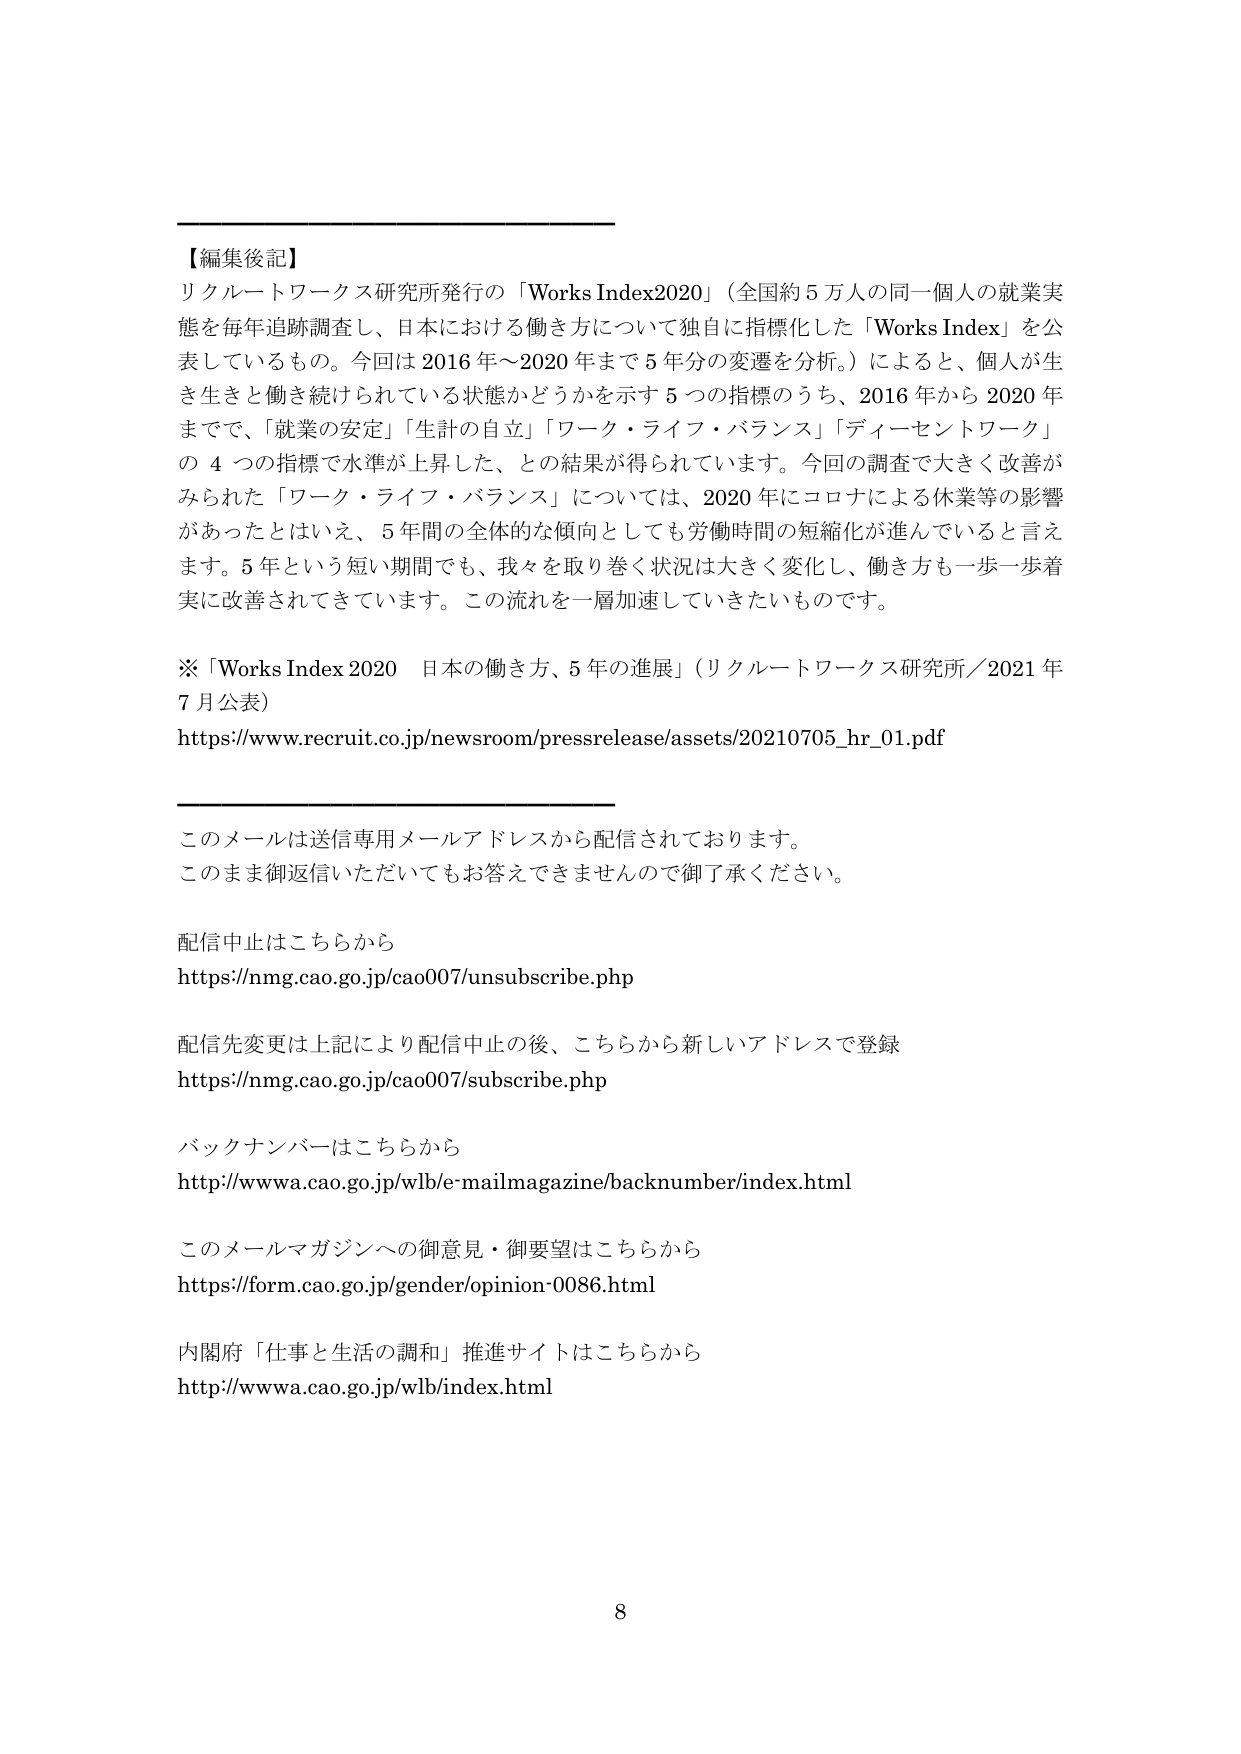
【編集後記】
リクルートワークス研究所発行の「Works Index2020」（全国約５万人の同一個人の就業実態を毎年追跡調査し、日本における働き方について独自に指標化した「Works Index」を公表しているもの。今回は2016年～2020年まで５年分の変遷を分析。）によると、個人が生き生きと働き続けられている状態かどうかを示す５つの指標のうち、2016年から2020年までで、「就業の安定」「生計の自立」「ワーク・ライフ・バランス」「ディーセントワーク」の４つの指標で水準が上昇した、との結果が得られています。今回の調査で大きく改善がみられた「ワーク・ライフ・バランス」については、2020年にコロナによる休業等の影響があったとはいえ、5年間の全体的な傾向としても労働時間の短縮化が進んでいると言えます。5年という短い期間でも、我々を取り巻く状況は大きく変化し、働き方も一歩一歩着実に改善されてきています。この流れを一層加速していきたいものです。

※「Works Index 2020 日本の働き方、5年の進展」（リクルートワークス研究所／2021年7月公表）
https://www.recruit.co.jp/newsroom/pressrelease/assets/20210705_hr_01.pdf

このメールは送信専用メールアドレスから配信されております。
このまま御返信いただいてもお答えできませんので御了承ください。

配信中止はこちらから
https://nmg.cao.go.jp/cao007/unsubscribe.php

配信先変更は上記により配信中止の後、こちらから新しいアドレスで登録
https://nmg.cao.go.jp/cao007/subscribe.php

バックナンバーはこちらから
http://www.cao.go.jp/wlb/e-mailmagazine/backnumber/index.html

このメールマガジンへの御意見・御要望はこちらから
https://form.cao.go.jp/gender/opinion-0086.html

内閣府「仕事と生活の調和」推進サイトはこちらから
http://www.cao.go.jp/wlb/index.html

8